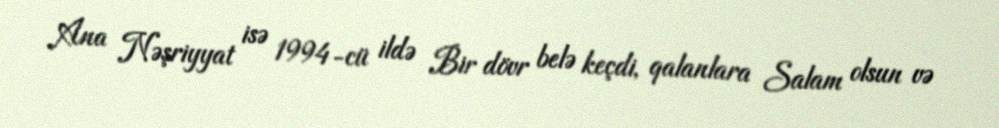
Ana Nəşriyyat isə 1994-cü ildə Bir dövr belə keçdi, qalanlara Salam olsun və